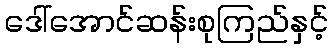
ဒေါ်အောင်ဆန်းစုကြည်နှင့်